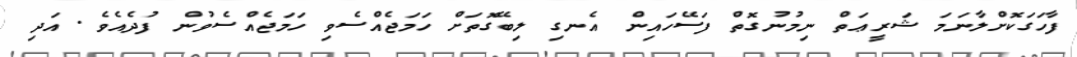
ފާހަގަކޮށްލާނަމަ ޝަރީޢަތް ނިމުނުގޮތް ފަސޭހައިން އެނގި ލިބޭގޮތަށް ހަމަޖެއްސެވި ހަމަޖެއްސެވުން ފުދެއެވެ. އަދި